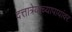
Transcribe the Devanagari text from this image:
दत्तात्रेयाच्यापायांवर